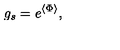
g _ { s } = e ^ { \langle \Phi \rangle } ,